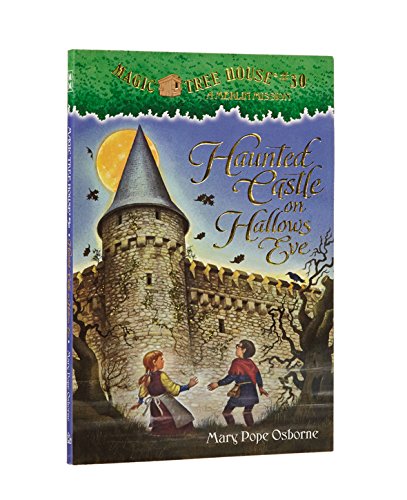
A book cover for Haunted Castle on Hallows Eve (Magic Tree House, No. 30); Mary Pope Osborne; Children's Books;